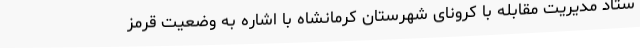
ستاد مدیریت مقابله با کرونای شهرستان کرمانشاه با اشاره به وضعیت قرمز